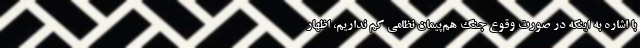
با اشاره به اینکه در صورت وقوع جنگ هم‌پیمان نظامی کم نداریم، اظهار